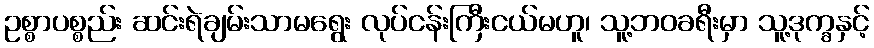
ဥစ္စာပစ္စည်း ဆင်းရဲချမ်းသာမရွေး လုပ်ငန်းကြီးငယ်မဟူ၊ သူ့ဘဝခရီးမှာ သူ့ဒုက္ခနှင့်